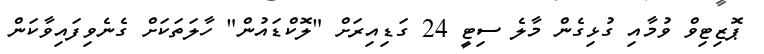
ޕޮޒިޓިވް ވުމާއި ގުޅިގެން މާލެ ސިޓީ 24 ގަޑިއިރަށް "ލޮކްޑައުން" ހާލަތަކަށް ގެނެވިފައިވާކަން